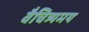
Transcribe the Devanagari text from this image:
वैचित्र्यमय